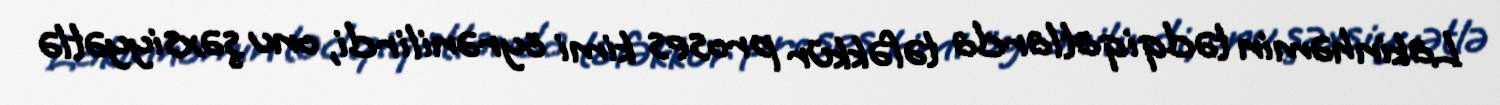
Lakin həmin tədqiqatlarda təfəkkür proses kimi öyrənilirdi, onu şəxsiyyətlə